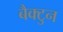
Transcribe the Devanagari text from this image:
बैक्टुन